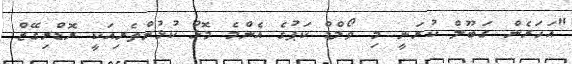
"އަހަރެން ގަބޫލް ކުރަނީ މި ވޯލްޑް ކަޕުގެ އެންމެ މޮޅު ކުޅުންތެރިއަކީ ރޮޑްރިގޭޒް